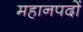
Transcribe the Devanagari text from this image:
महानपदों